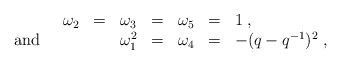
\begin{align*}\begin{array}{rllllll}\omega_{2}&=&\omega_{3}&=&\omega_{5}&=&1\;,\\\mbox{and}\hspace{10mm}&&\omega_{1}^{2}&=&\omega_{4}&=&-(q-q^{-1})^{2}\;,\end{array}\end{align*}